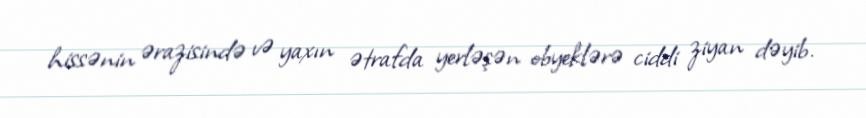
hissənin ərazisində və yaxın ətrafda yerləşən obyeklərə ciddi ziyan dəyib.